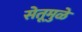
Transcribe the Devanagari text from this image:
सेतूमुळे